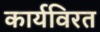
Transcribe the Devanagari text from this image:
कार्यविरत